Report on horse surra - Volume II, Part II
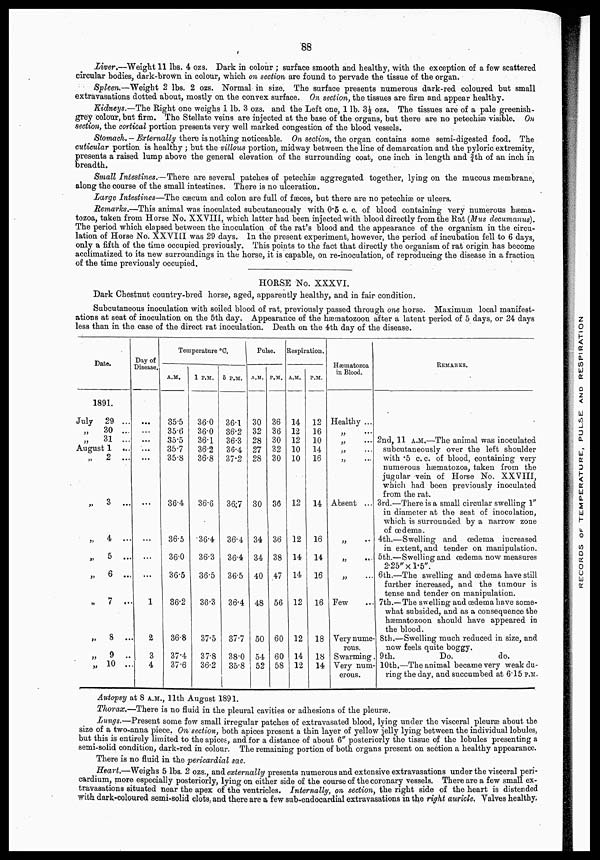
88
Liver.—Weight 11 lbs. 4 ozs. Dark in colour ; surface smooth and healthy, with the exception of a few scattered
circular bodies, dark-brown in colour, which on section are found to pervade the tissue of the organ.
Spleen.—Weight 2 lbs. 2 ozs. Normal in size. The surface presents numerous dark-red coloured but small
extravasations dotted about, mostly on the convex surface. On section, the tissues are firm and appear healthy.
Kidneys.—The Right one weighs 1 lb. 3 ozs. and the Left one, 1 lb. 3½ ozs. The tissues are of a pale greenish-
grey colour, but firm. The Stellate veins are injected at the base of the organs, but there are no petechiæ visible. On
section, the cortical portion presents very well marked congestion of the blood vessels.
Stomach. —Externally there is nothing noticeable. On section, the organ contains some semi-digested food. The
cuticular portion is healthy ; but the villous portion, midway between the line of demarcation and the pyloric extremity,
presents a raised lump above the general elevation of the surrounding coat, one inch in length and ¾th of an inch in
breadth.
Small Intestines.—There are several patches of petechiæ aggregated together, lying on the mucous membrane,
along the course of the small intestines. There is no ulceration.
Large Intestines—The cæcum and colon are full of fæces, but there are no petechiæ or ulcers.
Remarks.—This animal was inoculated subcutaneously with 0.5 c. c. of blood containing very numerous hæma-
tozoa, taken from Horse No. XXVIII, which latter had been injected with blood directly from the Rat (Mus decumanus).
The period which elapsed between the inoculation of the rat's blood and the appearance of the organism in the circu-
lation of Horse No. XXVIII was 29 days. In the present experiment, however, the period of incubation fell to 6 days,
only a fifth of the time occupied previously. This points to the fact that directly the organism of rat origin has become
acclimatized to its new surroundings in the horse, it is capable, on re-inoculation, of reproducing the disease in a fraction
of the time previously occupied.
HORSE No. XXXVI.
Dark Chestnut country-bred horse, aged, apparently healthy, and in fair condition.
Subcutaneous inoculation with soiled blood of rat, previously passed through one horse. Maximum local manifest-
ations at seat of inoculation on the 5th day. Appearance of the hæmatozoon after a latent period of 5 days, or 24 days
less than in the case of the direct rat inoculation. Death on the 4th day of the disease.
Date.
1891.
July
29 ...
„
30 ...
„
31 ...
August 1 ...
„ 2 ...
„ 3 ...
„ 4 ...
„ 5 ...
„ 6 ...
„ 7 ...
„ 8 ...
„
9 ...
„ 10 ...
Day of
Disease.
...
...
...
...
...
...
...
...
...
1
2
3
4
Temperature °C.
A.M.
35.5
35.6
35.5
35.7
35.8
36.4
36.5
36.0
36.5
36.2
36.8
37.4
37.6
1 P.M.
36.0
36.0
36.1
36.2
36.8
36.6
36.4
36.3
36.5
36.3
37.5
37.8
36.2
5 P.M.
36.1
36.2
36.3
36.4
37.2
36.7
36.4
36.4
36.5
36.4
37.7
38.0
35.8
Pulse.
A.M.
30
32
28
27
28
30
34
34
40
48
50
54
52
P.M.
36
36
30
32
30
36
36
38
47
56
60
60
58
Respiration.
A.M.
14
12
12
10
10
12
12
14
14
12
12
14
12
P.M.
12
16
10
14
16
14
16
14
16
16
18
18
14
Hæmatozoa
in Blood.
Healthy ...
„
...
„
„
„
...
Absent ...
„ ...
„ ...
„
Few
Very nume-
rous.
Swarming
Very num-
erous.
REMARKS.
2nd, 11 A.M.—The animal was inoculated
subcutaneously over the left shoulder
with .5 c. c. of blood, containing very
numerous hæmatozoa, taken from the
jugular vein of Horse No. XXVIII,
which had been previously inoculated
from the rat.
3rd.—There is a small circular swelling 1"
in diameter at the seat of inoculation,
which is surrounded by a narrow zone
of œdema.
4th.—Swelling and œdema increased
in extent, and tender on manipulation.
5th.—Swelling and œdema now measures
2.25"× l.5".
6th.—The swelling and œdema have still
further increased, and the tumour is
tense and tender on manipulation.
7th.—The swelling and œdema have some-
what subsided, and as a consequence the
hæmatozoon should have appeared in
the blood.
8th.—Swelling much reduced in size, and
now feels quite boggy.
9th.
Do.
do.
10th.—The animal became very weak du-
ring the day, and succumbed at 6.15 P.M.
Autopsy at 8 A.M., 11th August 1891.
Thorax.—There is no fluid in the pleural cavities or adhesions of the pleuræ.
Lungs.—Present some few small irregular patches of extravasated blood, lying under the visceral pleuræ about the
size of a two-anna piece. On section, both apices present a thin layer of yellow jelly lying between the individual lobules,
but this is entirely limited to the apices, and for a distance of about 6" posteriorly the tissue of the lobules presenting a
semi-solid condition, dark-red in colour. The remaining portion of both organs present on section a healthy appearance.
There is no fluid in the pericardial sac.
Heart.—Weighs 5 lbs. 2 ozs., and externally presents numerous and extensive extravasations under the visceral peri-
cardium, more especially posteriorly, lying on either side of the course of the coronary vessels. There are a few small ex-
travasations situated near the apex of the ventricles. Internally, on section, the right side of the heart is distended
with dark-coloured semi-solid clots, and there are a few sub-endocardial extravasations in the right auricle. Valves healthy.